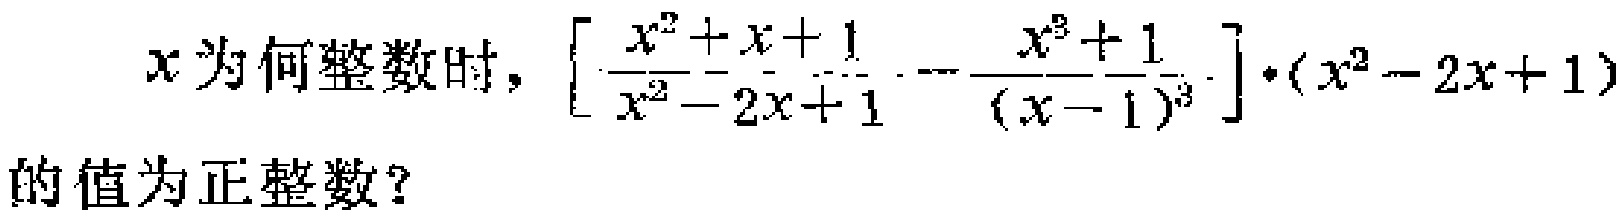
$x$为何整数时，$\left[\dfrac{x^{2}+x + 1}{x^{2}-2x + 1}-\dfrac{x^{3}+1}{(x - 1)^{3}}\right]\cdot(x^{2}-2x + 1)$的值为正整数？